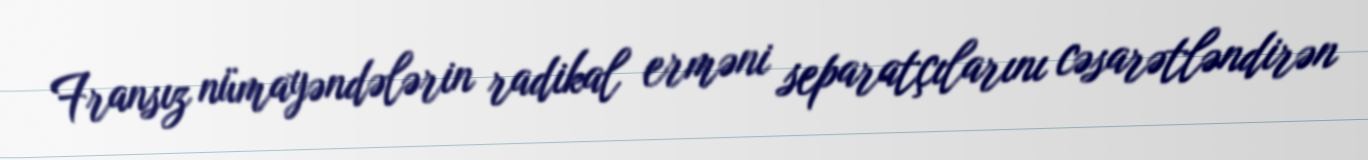
Fransız nümayəndələrin radikal erməni separatçılarını cəsarətləndirən